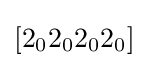
[2_{0}2_{0}2_{0}2_{0}]